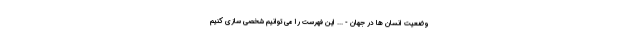
وضعیت انسان ها در جهان - ... این فهرست را می توانیم شخصی سازی کنیم